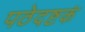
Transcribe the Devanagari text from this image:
पठेदष्टकं